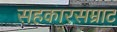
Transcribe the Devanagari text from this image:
सहकारसम्राट